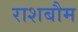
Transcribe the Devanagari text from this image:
राशबौम